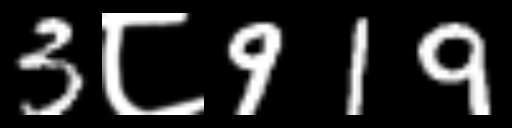
Text: 3८919